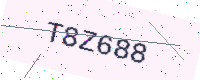
Text: T8Z688